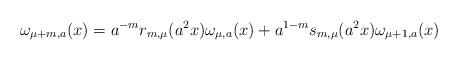
LaTeX: \begin{align*}\omega_{\mu+m,a}(x)=a^{-m} r_{m,\mu}(a^2 x)\omega_{\mu,a}(x)+a^{1-m}s_{m,\mu}(a^2 x)\omega_{\mu+1,a}(x)\end{align*}